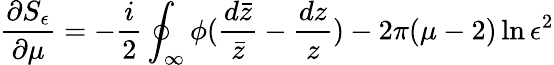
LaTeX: \frac{\partial S_{\epsilon}}{\partial\mu}=-\frac{i}{2}\oint_{\infty}\phi(\frac{d\bar{z}}{\bar{z}}-\frac{dz}{z})-2\pi(\mu-2)\ln\epsilon^{2}